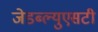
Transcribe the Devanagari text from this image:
जेडब्ल्युएसटी